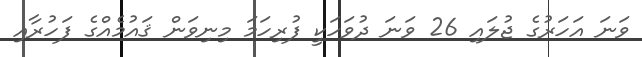
ވަނަ އަހަރުގެ ޖުލައި 26 ވަނަ ދުވަހަކީ ފުރިހަމަ މިނިވަން ޤައުމެއްގެ ފަހުރާއި